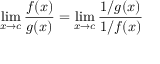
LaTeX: \operatorname* { l i m } _ { x \to c } { \frac { f ( x ) } { g ( x ) } } = \operatorname* { l i m } _ { x \to c } { \frac { 1 / g ( x ) } { 1 / f ( x ) } }